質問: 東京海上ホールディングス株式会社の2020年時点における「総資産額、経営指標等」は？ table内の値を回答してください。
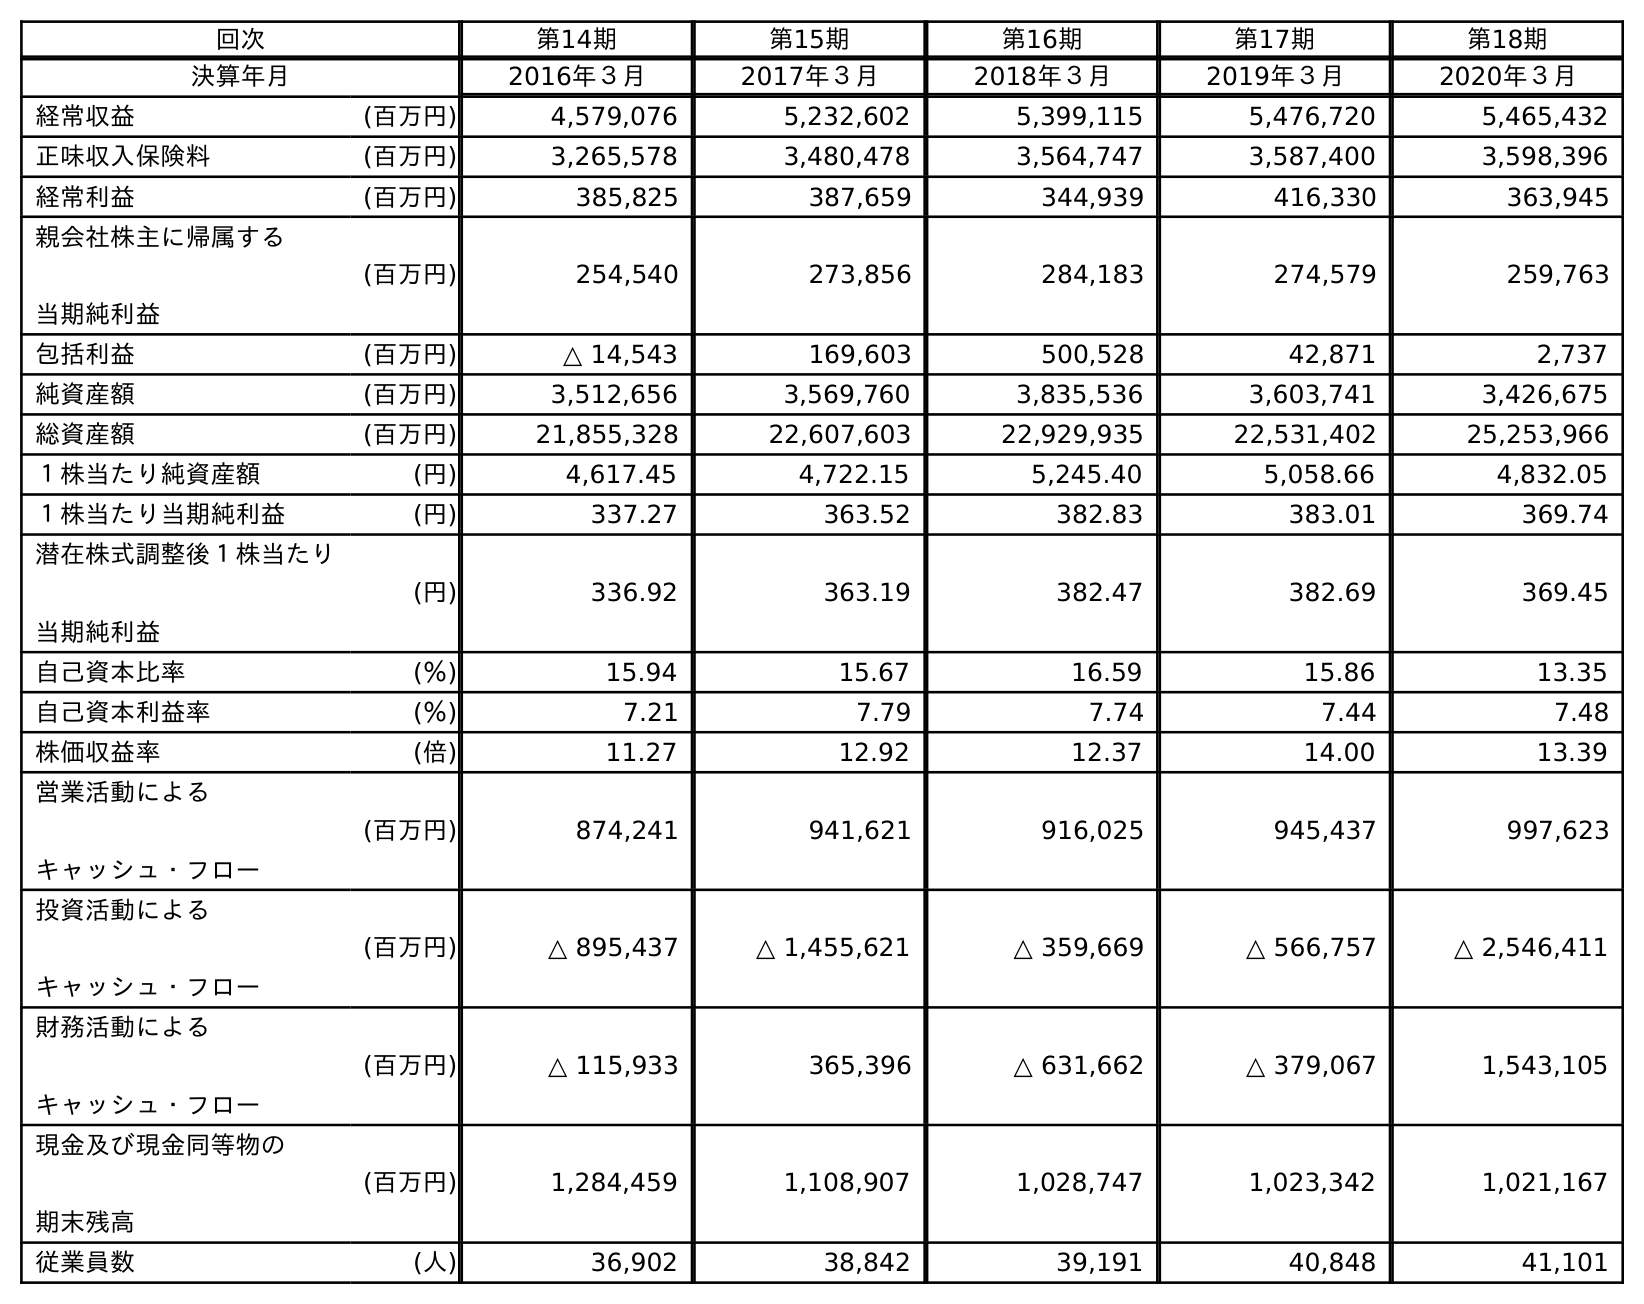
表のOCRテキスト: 回次 第14期 第15期 第16期 第17期 第18期 決算年月 2016年３月 2017年３月 2018年３月 2019年３月 2020年３月 経常収益 (百万円) 4,579,076 5,232,602 5,399,115 5,476,720 5,465,432 正味収入保険料 (百万円) 3,265,578 3,480,478 3,564,747 3,587,400 3,598,396 経常利益 (百万円) 385,825 387,659 344,939 416,330 363,945 親会社株主に帰属する 当期純利益 (百万円) 254,540 273,856 284,183 274,579 259,763 包括利益 (百万円) △ 14,543 169,603 500,528 42,871 2,737 純資産額 (百万円) 3,512,656 3,569,760 3,835,536 3,603,741 3,426,675 総資産額 (百万円) 21,855,328 22,607,603 22,929,935 22,531,402 25,253,966 １株当たり純資産額 (円) 4,617.45 4,722.15 5,245.40 5,058.66 4,832.05 １株当たり当期純利益 (円) 337.27 363.52 382.83 383.01 369.74 潜在株式調整後１株当たり 当期純利益 (円) 336.92 363.19 382.47 382.69 369.45 自己資本比率 (％) 15.94 15.67 16.59 15.86 13.35 自己資本利益率 (％) 7.21 7.79 7.74 7.44 7.48 株価収益率 (倍) 11.27 12.92 12.37 14.00 13.39 営業活動による キャッシュ・フロー (百万円) 874,241 941,621 916,025 945,437 997,623 投資活動による キャッシュ・フロー (百万円) △ 895,437 △ 1,455,621 △ 359,669 △ 566,757 △ 2,546,411 財務活動による キャッシュ・フロー (百万円) △ 115,933 365,396 △ 631,662 △ 379,067 1,543,105 現金及び現金同等物の 期末残高 (百万円) 1,284,459 1,108,907 1,028,747 1,023,342 1,021,167 従業員数 (人) 36,902 38,842 39,191 40,848 41,101
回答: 25,253,966